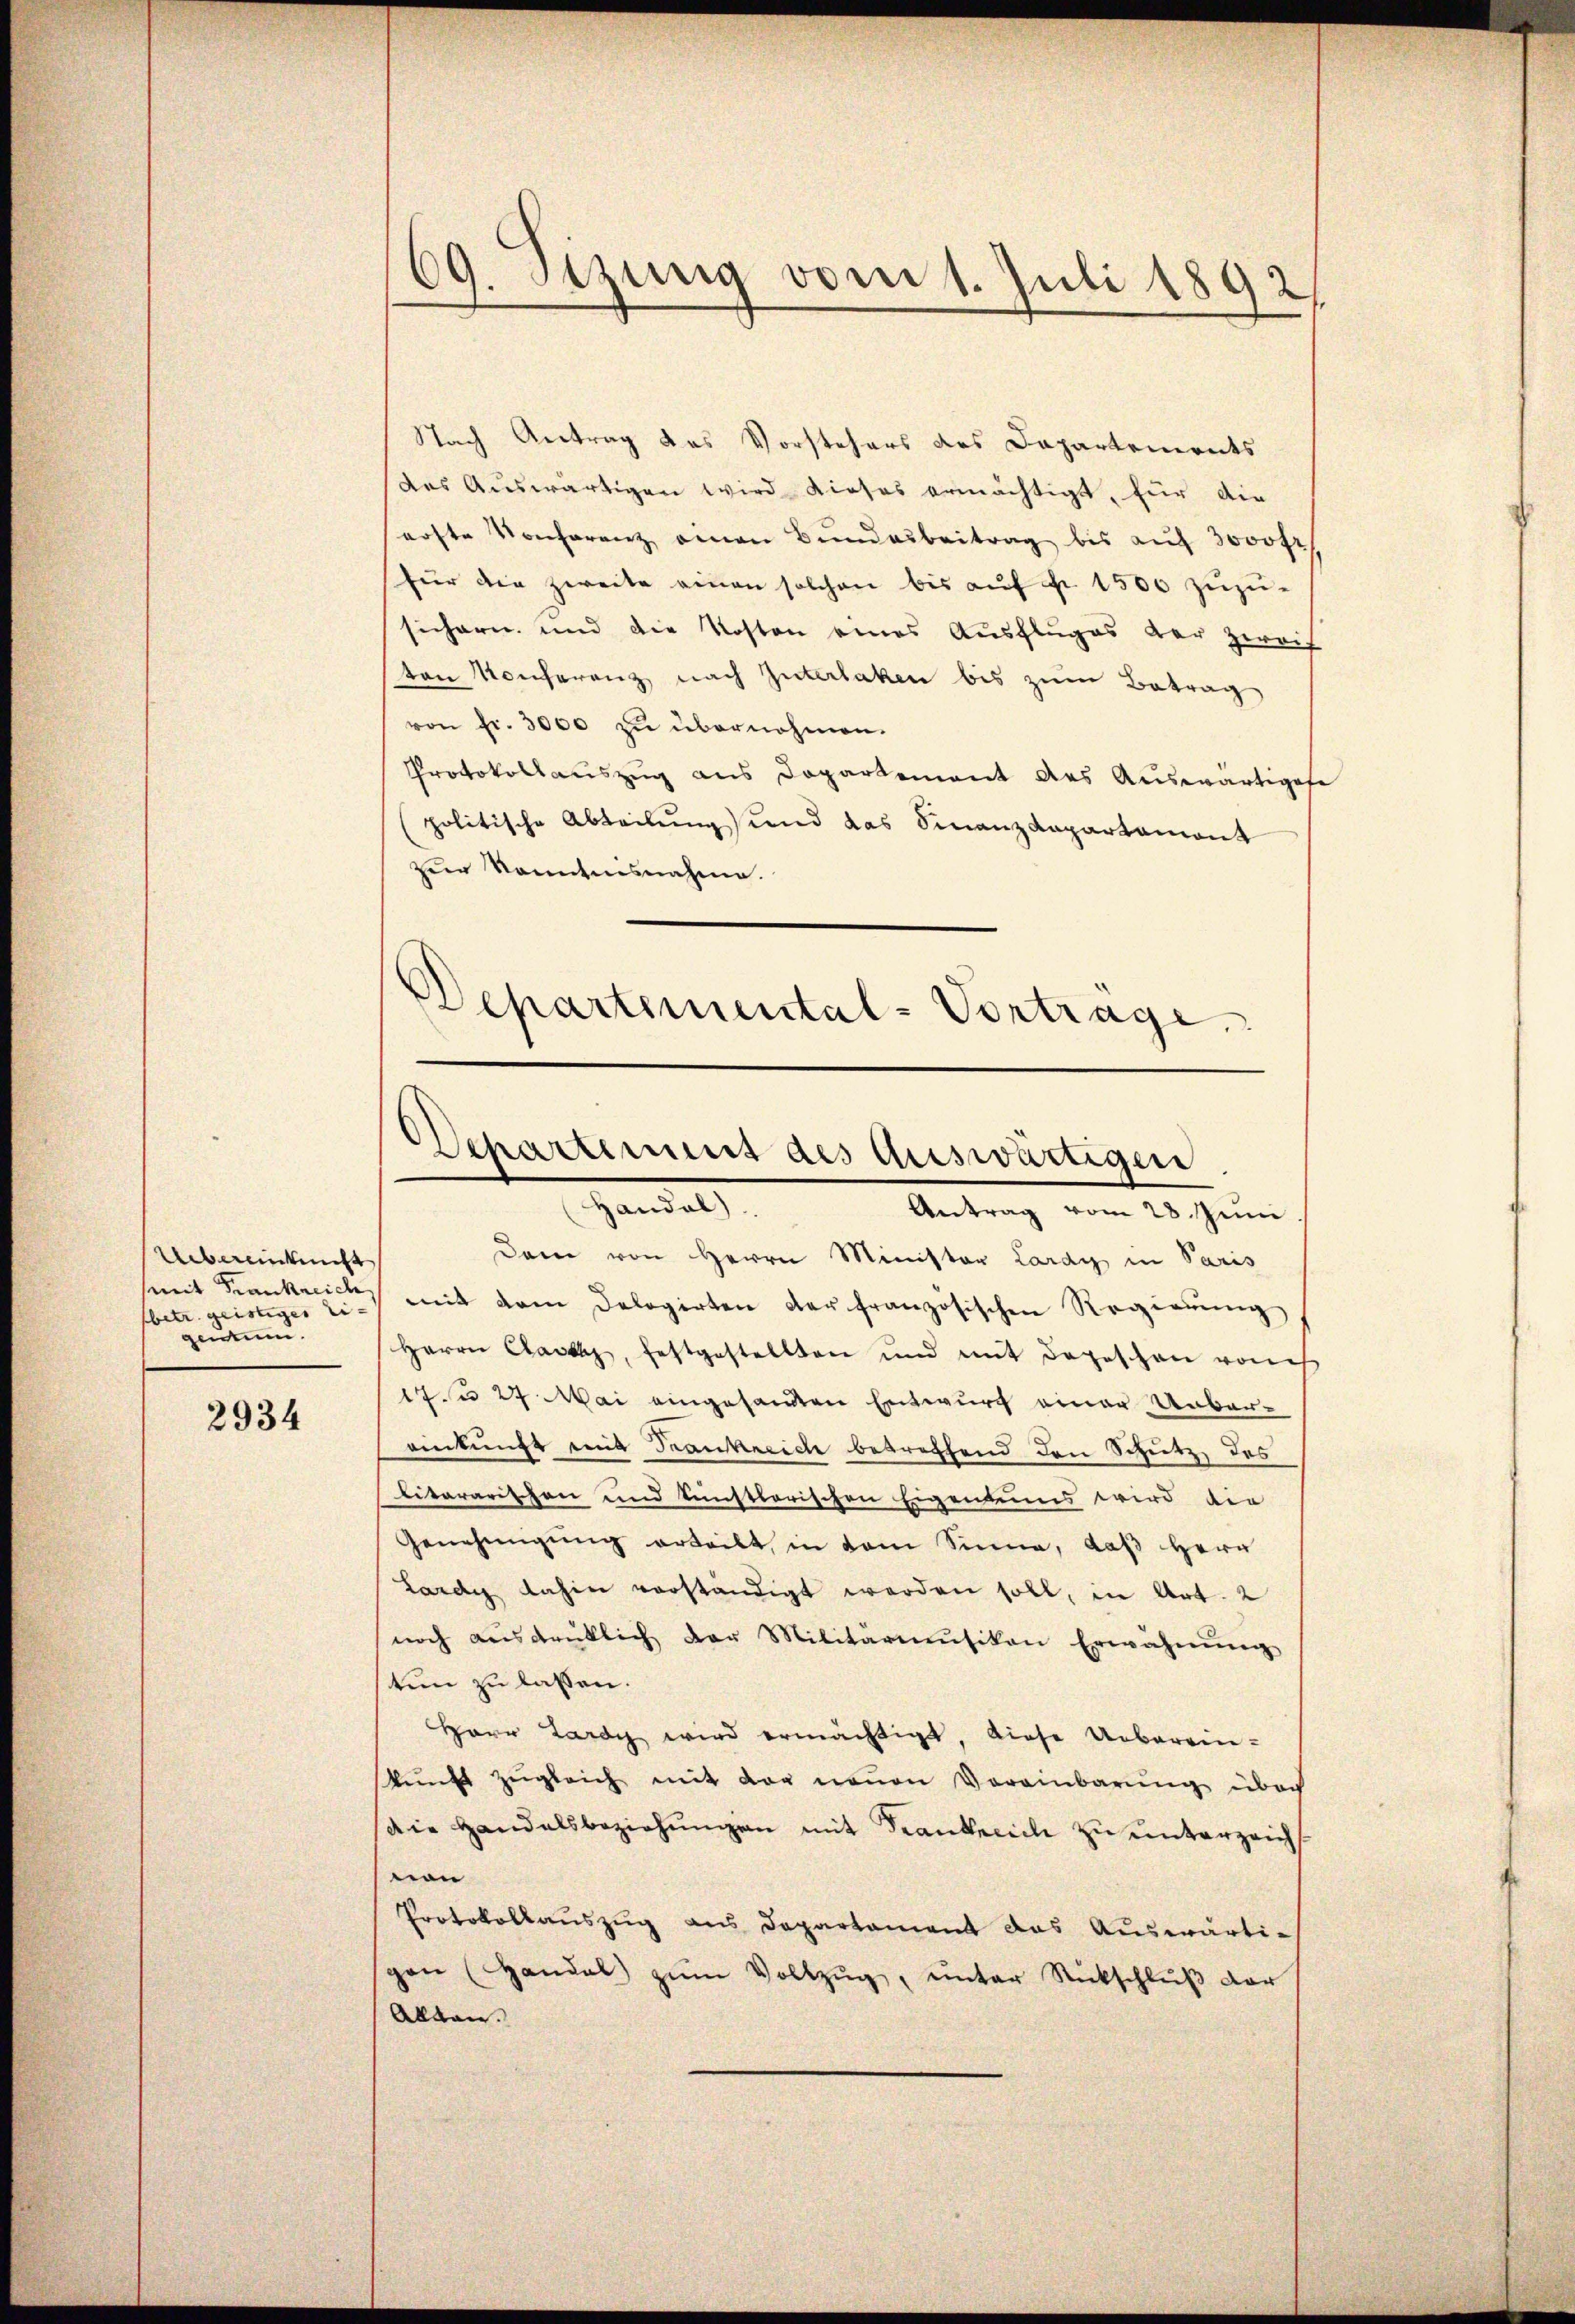
Uebereinkueht
mit Frankreich,
sbetr. geistiger eigewund

2934

69. Sizung vom 1. Juli 1892,

.
Departemental-Vortrage.
Departement des auswärtigen
Handal)
Antrag vom 28. Juni

Nach Antrag das Vorstehers des Dapartements
des Auswärtigen wird dieses ermächtigt, für die
erste Konferenz einen Bŭndarbeitrag bis aŭf 3000 fr
für die zweite einen solchen bis auf pr 1500 zuzusichern und die Kosten eines Ausfluges der Zweif
ten Konferenz nach Interlaken bis zum Betrag
von fr. 3000 zu übernohmen.
Protokollauszug aus Dopartement des Auswärtigese
politische Abteilung und das Sinanzkapartamont
zur Kenntnisnahme.
Dem von Herrn Minister Lardy in Paris
mit dem Delegirten der französischen Regierŭng
Herrn Case, festgestellten und mit dargeschen von
1 u 27 Mai eingesandten Entwurf einer Unbareinkunft mit Trankreich betreffend den Schutz, des
litararischen und künstlerischen Eigentums wird der
Genehmigŭng erteilt, in dem Sinne, daß Herr
Lardy dahin verständigt werden soll, in Art. 2
noch ausdrüklich der Militarimŭsikon Erwähnŭng
ten zu lassen.
Herr Lardy wird ermächtigt, diese Ueberein-
kunft zugleich mit der neuen Vereinbarung über
die Handelsbeziehŭngen mit Frankreich zu unterzeicht
non
Protokollauszug aus Departement das Auswärtigan (Handal zŭm Vollzŭg, unter Rückschlŭβ der
Alltan